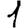
Digit: 1